Report on vaccination North-West Frontier Province 1904-1922 - 1904-1922
Year: 1904
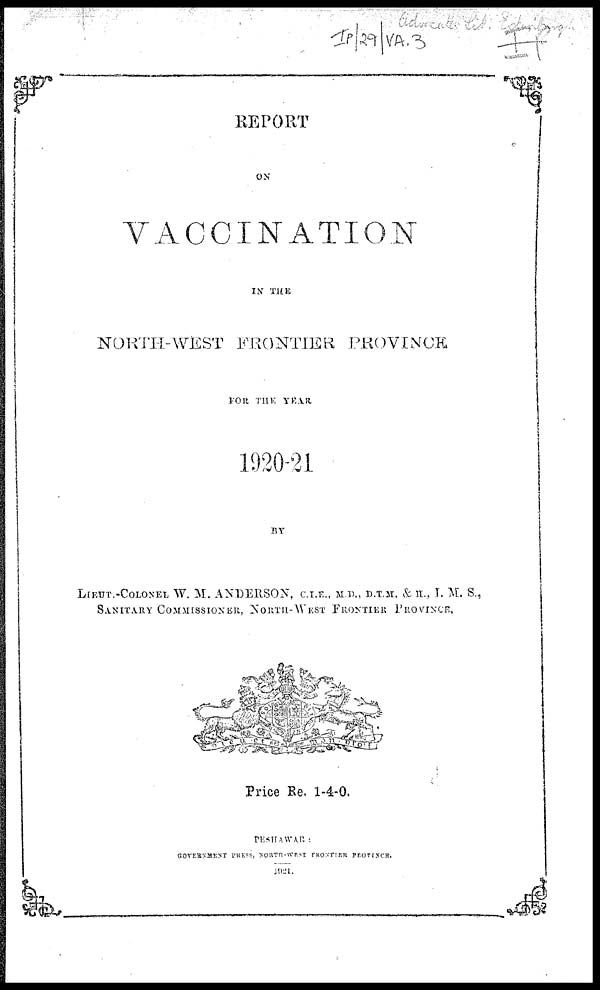
REPORT
ON
VACCINATION
IN THE
NORTH-WEST FRONTIER PROVINCE
FOR THE YEAR
1920-21
BY
LIEUT.-COLONEL W. M. ANDERSON, C.I.E., M.B., D.T.M. & H., I. M. S.,
SANITARY COMMISSIONER, NORTH-WEST FRONTIER PROVINCE,
Price Re. 1-4-0.
PESHAWAR :
GOVERNMENT PRESS, NORTH-WEST FRONTIER PPOVINCE.
1921.